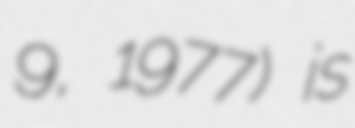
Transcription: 9, 1977) is